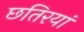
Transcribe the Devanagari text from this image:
छतिरयां